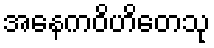
အနေကဝိဟိတေသု